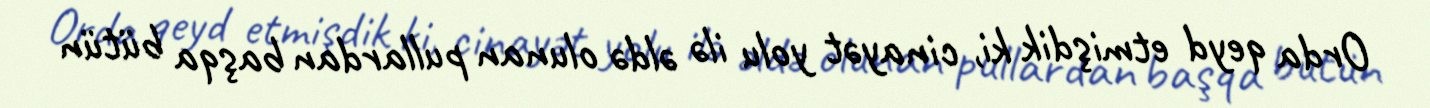
Orda qeyd etmişdik ki, cinayət yolu ilə əldə olunan pullardan başqa bütün